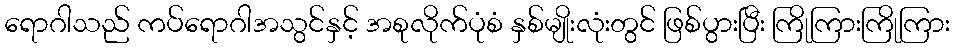
ရောဂါသည် ကပ်ရောဂါအသွင်နှင့် အစုလိုက်ပုံစံ နှစ်မျိုးလုံးတွင် ဖြစ်ပွားပြီး ကြိုကြားကြိုကြား